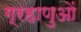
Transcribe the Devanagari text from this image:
ग्रहाणुओं